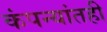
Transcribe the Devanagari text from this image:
कंपन्यांतही